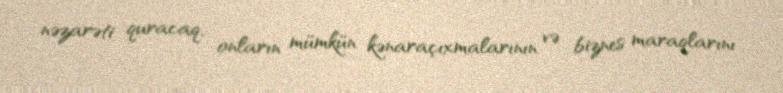
nəzarəti quracaq, onların mümkün kənaraçıxmalarının və biznes maraqlarını